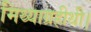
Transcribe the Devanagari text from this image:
मिथ्याग्रहीथी।